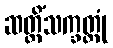
ဆတ္တိံသက္ခတ္တုံ